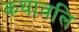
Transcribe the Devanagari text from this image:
कथावलि